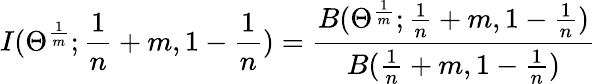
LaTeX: I(\Theta^{\frac{1}{m}};\frac{1}{n}+m,1-\frac{1}{n})=\frac{B(\Theta^{\frac{1}{m}};\frac{1}{n}+m,1-\frac{1}{n})}{B(\frac{1}{n}+m,1-\frac{1}{n})}